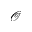
\mathcal { O }